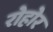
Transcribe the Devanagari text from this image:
रोहोर